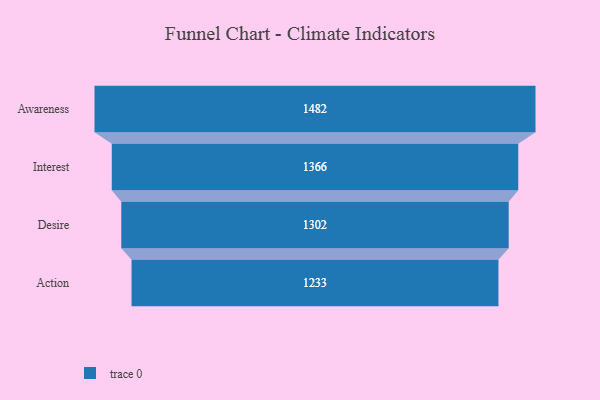
{"axis": {"x": "Stage", "y": "Value"}, "legend": [""], "data": [{"x": "Awareness", "y": 1482.0, "type": ""}, {"x": "Interest", "y": 1366.0, "type": ""}, {"x": "Desire", "y": 1302.0, "type": ""}, {"x": "Action", "y": 1233.0, "type": ""}]}